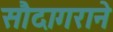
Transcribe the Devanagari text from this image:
सौदागराने